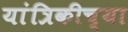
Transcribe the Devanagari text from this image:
यांत्रिकीच्या